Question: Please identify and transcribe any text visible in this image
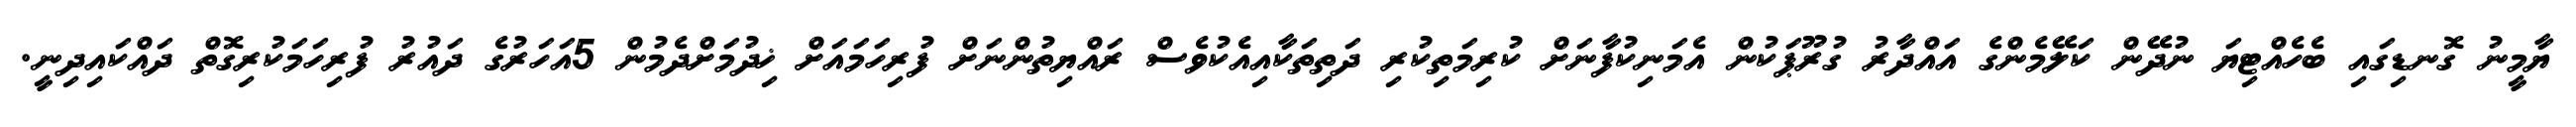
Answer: ޔާމީނު ގޮނޑިގައި ބެހެއްޓިޔަ ނުދޭން ކަލޭމެންގެ އައްދާރު ގުރޫޕަކުން އެމަނިކުފާނަށް ކުރިމަތިކުރި ދަތިތަކާއިއެކުވެސް ރައްޔިތުންނަށް ފުރިހަމައަށް ޚިދުމަށްދެމުން 5އަހަރުގެ ދައުރު ފުރިހަމަކުރިގޮތް ދައްކައިދިނީ.